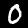
Digit: 0